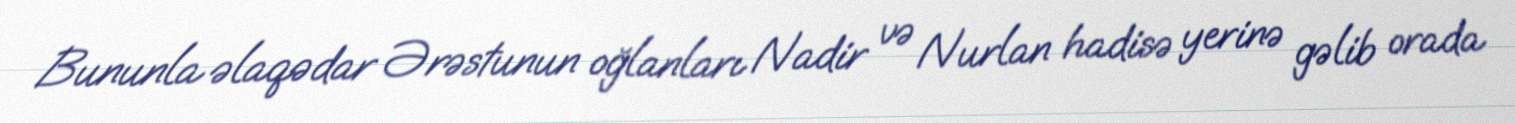
Bununla əlaqədar Ərəstunun oğlanları Nadir və Nurlan hadisə yerinə gəlib orada